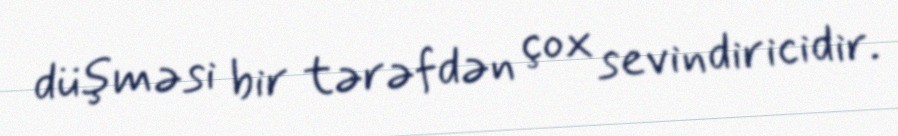
düşməsi bir tərəfdən çox sevindiricidir.